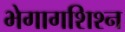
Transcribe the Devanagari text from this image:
भेगागशिश्न